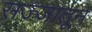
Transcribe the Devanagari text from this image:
सज्जातून